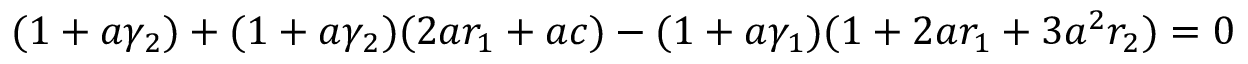
( 1 + a \gamma _ { 2 } ) + ( 1 + a \gamma _ { 2 } ) ( 2 a r _ { 1 } + a c ) - ( 1 + a \gamma _ { 1 } ) ( 1 + 2 a r _ { 1 } + 3 a ^ { 2 } r _ { 2 } ) = 0